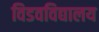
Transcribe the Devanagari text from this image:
विडवविद्यालय